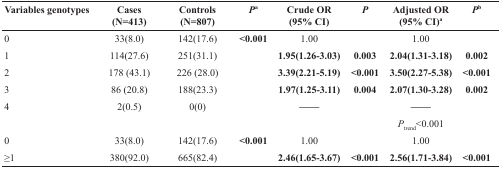
<table><thead><tr><td><b>Variables genotypes</b></td><td><b>Cases(N=413)</b></td><td><b>Controls(N=807)</b></td><td><b><i>P</i><sup>a</sup></b></td><td><b>Crude OR(95% CI)</b></td><td><b><i>P</i></b></td><td><b>Adjusted OR(95% CI)<sup>a</sup></b></td><td><b><i>P</i><sup>b</sup></b></td></tr></thead><tbody><tr><td>0</td><td>33(8.0)</td><td>142(17.6)</td><td><b>&lt;0.001</b></td><td>1.00</td><td></td><td>1.00</td><td></td></tr><tr><td>1</td><td>114(27.6)</td><td>251(31.1)</td><td></td><td><b>1.95(1.26-3.03)</b></td><td><b>0.003</b></td><td><b>2.04(1.31-3.18)</b></td><td><b>0.002</b></td></tr><tr><td>2</td><td>178 (43.1)</td><td>226 (28.0)</td><td></td><td><b>3.39(2.21-5.19)</b></td><td><b>&lt;0.001</b></td><td><b>3.50(2.27-5.38)</b></td><td><b>&lt;0.001</b></td></tr><tr><td>3</td><td>86 (20.8)</td><td>188(23.3)</td><td></td><td><b>1.97(1.25-3.11)</b></td><td><b>0.004</b></td><td><b>2.07(1.30-3.28)</b></td><td><b>0.002</b></td></tr><tr><td>4</td><td>2(0.5)</td><td>0(0)</td><td></td><td><b>——</b></td><td></td><td><b>——</b></td><td></td></tr><tr><td></td><td></td><td></td><td></td><td></td><td></td><td><i>P</i><sub>trend</sub>&lt;0.001</td><td></td></tr><tr><td>0</td><td>33(8.0)</td><td>142(17.6)</td><td><b>&lt;0.001</b></td><td>1.00</td><td></td><td>1.00</td><td></td></tr><tr><td>≥1</td><td>380(92.0)</td><td>665(82.4)</td><td></td><td><b>2.46(1.65-3.67)</b></td><td><b>&lt;0.001</b></td><td><b>2.56(1.71-3.84)</b></td><td><b>&lt;0.001</b></td></tr></tbody></table>